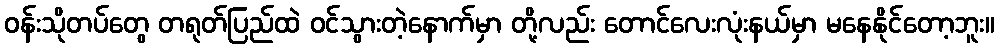
ဝန်းသိုတပ်တွေ တရုတ်ပြည်ထဲ ဝင်သွားတဲ့နောက်မှာ တို့လည်း တောင်လေးလုံးနယ်မှာ မနေနိုင်တော့ဘူး။